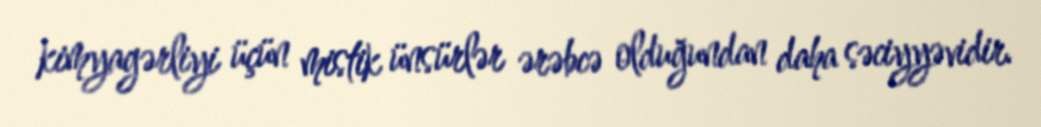
kimyagərliyi üçün mistik ünsürlər ərəbcə olduğundan daha səciyyəvidir.